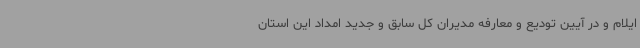
ایلام و در آیین تودیع و معارفه مدیران کل سابق و جدید امداد این استان